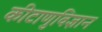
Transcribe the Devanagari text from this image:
कीटाणुविज्ञान